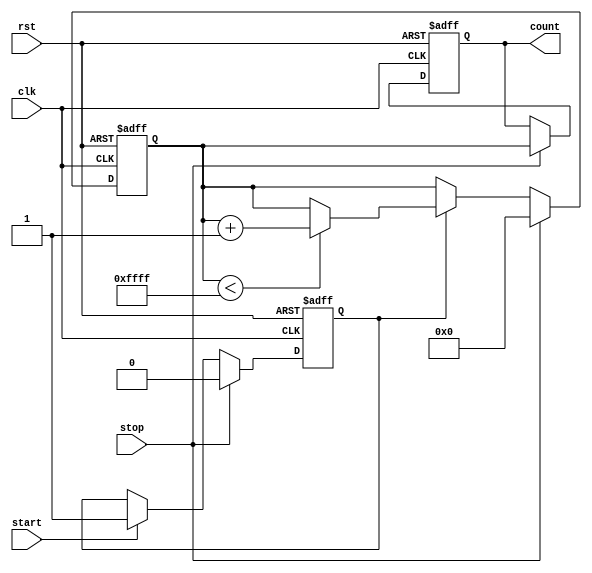
module TDC (
    input wire clk,           // Clock signal
    input wire rst,           // Reset signal
    input wire start,         // Start signal
    input wire stop,          // Stop signal
    output reg [15:0] count   // Output count value (adjust size as needed)
);

// Parameters
parameter DELAY_LINE_LENGTH = 16; // Number of delay elements
parameter MAX_COUNT = 65535; // Maximum count value for the counter

// Internal signals
reg [DELAY_LINE_LENGTH-1:0] delay_line; // Delay line
reg counting; // Counting flag
reg [15:0] counter; // Counter register

// Delay line implementation (simple shift register)
always @(posedge clk or posedge rst) begin
    if (rst) begin
        delay_line <= 0;
    end else begin
        delay_line <= {delay_line[DELAY_LINE_LENGTH-2:0], 1'b1}; // Shift in a new delay element
    end
end

// Counter implementation
always @(posedge clk or posedge rst) begin
    if (rst) begin
        counter <= 0;
        counting <= 0;
        count <= 0;
    end else begin
        if (start) begin
            counting <= 1; // Start counting
        end
        
        if (counting) begin
            if (counter < MAX_COUNT) begin
                counter <= counter + 1; // Increment counter
            end
        end
        
        if (stop) begin
            counting <= 0; // Stop counting
            count <= counter; // Store count value
            counter <= 0; // Reset counter for next measurement
        end
    end
end

endmodule